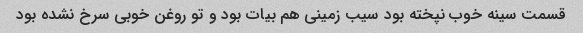
قسمت سینه خوب نپخته بود سیب زمینی هم بیات بود و تو روغن خوبی سرخ نشده بود